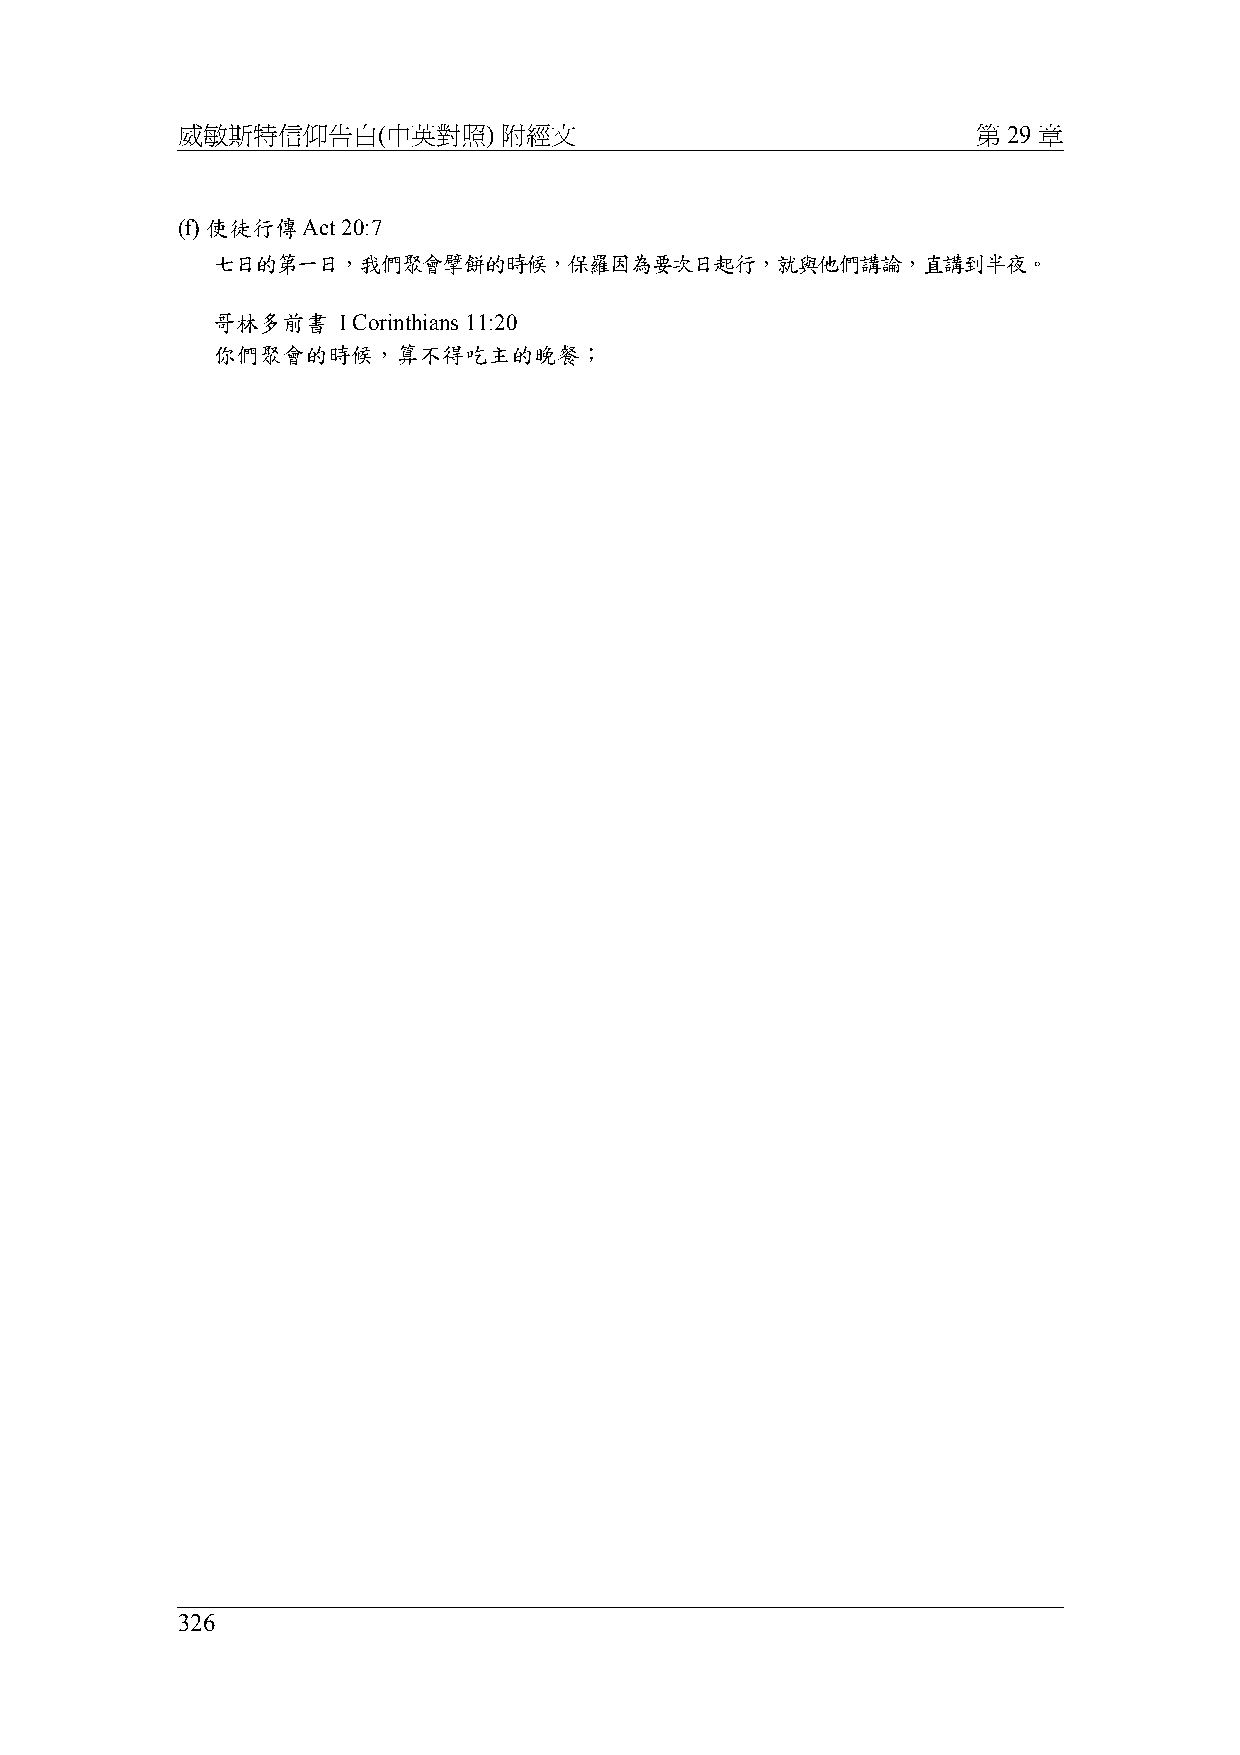
威敏斯特信仰告白(中英對照)       附經文                             第 29 章
 (f) 使徒行傳Act 20:7
 七日的第一日，我們聚會擘餅的時候，保羅因為要次日起行，就與他們講論，直講到半夜。
 哥林多前書   I Corinthians 11:20
 你們聚會的時候，算不得吃主的晚餐；
 326